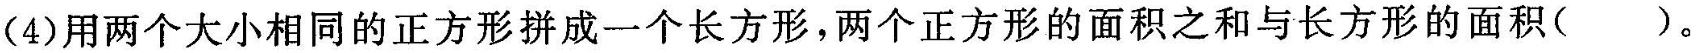
(4)用两个大小相同的正方形拼成一个长方形，两个正方形的面积之和与长方形的面积()。